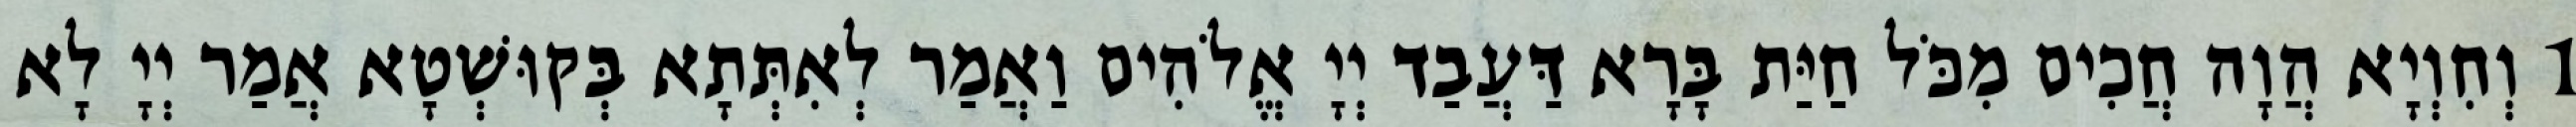
1 וְחִוְיָא הֲוָה חֲכִים מִכֹּל חַיַּת בָּרָא דַּעֲבַד יְיָ אֱלֹהִים וַאֲמַר לְאִתְּתָא בְּקוּשְׁטָא אֲמַר יְיָ לָא